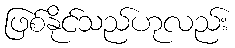
ဖြစ်နိုင်သည်ဟုလည်း